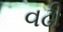
વઢી